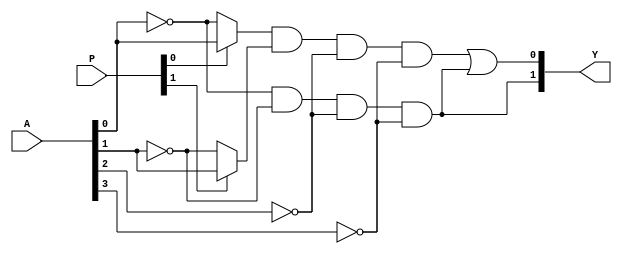
module jewel_pal (
    input wire [n-1:0] A,  // n input pins
    input wire [m-1:0] P,  // Programming inputs for AND array
    output wire [m-1:0] Y   // m output pins
);

// Parameters
parameter n = 4; // Number of inputs (A1, A2, A3, A4)
parameter m = 2; // Number of outputs (Y1, Y2)
parameter p_terms = 4; // Number of product terms in AND array

// Internal wires for AND array outputs
wire [p_terms-1:0] and_out;

// Programmable AND array
generate
    genvar i;
    for (i = 0; i < p_terms; i = i + 1) begin : and_array
        // Each AND gate can be programmed based on the programming inputs P
        assign and_out[i] = (P[i*2] ? A[0] : ~A[0]) & // A1
                            (P[i*2 + 1] ? A[1] : ~A[1]) & // A2
                            (P[i*2 + 2] ? A[2] : ~A[2]) & // A3
                            (P[i*2 + 3] ? A[3] : ~A[3]); // A4
    end
endgenerate

// Fixed OR array
assign Y[0] = and_out[0] | and_out[1]; // Output Y1 from product terms 0 and 1
assign Y[1] = and_out[2] | and_out[3]; // Output Y2 from product terms 2 and 3

endmodule